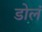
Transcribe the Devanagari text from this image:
डोलं